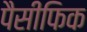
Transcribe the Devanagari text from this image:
पैसीफिक